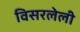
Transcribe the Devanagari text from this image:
विसरलेली